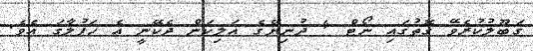
ގަބޫލުކުރެވޭ ގޮތުގައި ނޯޓް 4 ދުނިޔޭގެ އަލިކަން ދެކޭނީ އެ ހަފުލާގަ އެވެ.